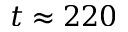
t \approx 2 2 0